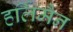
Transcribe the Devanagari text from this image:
हर्लिमैन